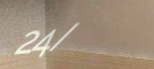
24/7